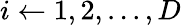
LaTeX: i\gets 1,2,...,D